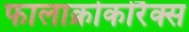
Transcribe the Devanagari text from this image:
फालाक्रोकोरैक्स